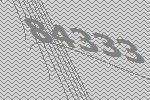
84333